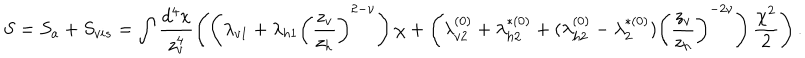
S = S _ { a } + S _ { v i s } = \int \frac { d ^ { 4 } x } { z _ { v } ^ { 4 } } \left( \left( \lambda _ { v 1 } + \lambda _ { h 1 } \left( \frac { z _ { v } } { z _ { h } } \right) ^ { 2 - \nu } \right) \chi + \left( \lambda _ { v 2 } ^ { ( 0 ) } + \lambda _ { h 2 } ^ { * ( 0 ) } + ( \lambda _ { h 2 } ^ { ( 0 ) } - \lambda _ { 2 } ^ { * ( 0 ) } ) \left( \frac { z _ { v } } { z _ { h } } \right) ^ { - 2 \nu } \right) \frac { \chi ^ { 2 } } { 2 } \right) .